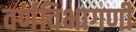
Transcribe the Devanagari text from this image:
वर्णविभागणी